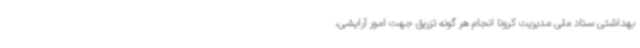
بهداشتی ستاد ملی مدیریت کرونا انجام هر گونه تزریق جهت امور آرایشی،